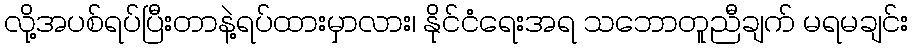
လို့အပစ်ရပ်ပြီးတာနဲ့ရပ်ထားမှာလား၊ နိုင်ငံရေးအရ သဘောတူညီချက် မရမချင်း